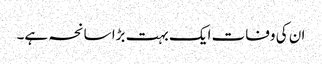
ان کی وفات ایک بہت بڑا سانحہ ہے۔